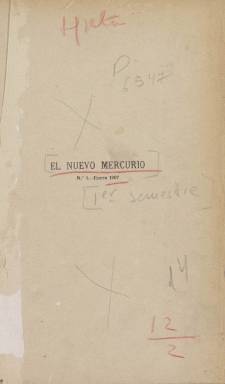
Título: El Nuevo Mercurio
Colección: Literatura
Ámbito geográfico: Barcelona
Lugar de publicación: Barcelona
Fechas: 01/01/1907-31/12/1907

Revista mensual cultural que se proponía hacer de puente entre España y América Latina. En su programa del primer número referente a su ideario hablaba de: “Establecer un lazo fraternal  entre los intelectuales de España y los de la Ámerica española, que hasta ahora han vivido no sólo desconociéndose, sino hasta desdeñándose”. Prueba de este afán de integración es que en este su primer número incluye colaboraciones de dos eminentes figuras literarias de ambos lados del Atlántico: un soneto de Rubén Darío y un artículo de Unamuno.

   El director de la publicación era el escritor, periodista y diplomático guatemalteco Enrique Gómez Carrillo, conocido como el príncipe de los cronistas, quien residía en París pero había llegado a un acuerdo con la editorial Sopena para editar la revista en Barcelona. La editorial estaba interesada en una publicación cultural con el fin de dar publicidad a su amplio catálogo de libros.

   En formato octavo, con tipografía Art Nouveau , moderna y parisina, y buena calidad de papel, el título de la revista evocaba su afrancesamiento pero era un guiño también al movimiento modernista hispanoamericano que contaba como publicación original con El Mercurio de América.

   En 1907, cuando salió la revista, Gómez Carrillo ocupaba un cargo diplomático de representación de Guatemala en Alemania para completar los escasos ingresos de su actividad intelectual. Fue su necesidad económica la que le llevó a aceptar la  oferta de la editorial Sopena de lanzar la revista.

   En una carta enviada a Unamuno, que se conserva en la Casa Museo del rector de la Universidad de Salamanca, Gómez Carrillo le pide una colaboración gratuita para el primer número de la revista con la promesa de pagarle sus artículos más adelante cuando la revista tenga suficiente mercado.  Lo que le pide es “algún artículo suyo antiguo y poco conocido para poder darlo como inédito. Con que V. le ponga cuatro líneas de encabezamiento hablando del Nuevo Mercurio, bastará para que lo tomen como cosa nueva”

   La publicación era voluminosa -contaba con 120 páginas cada mes- y tras artículos y colaboraciones literarias concluía con un interesante repaso a noticias culturales publicadas en revistas y periódicos españoles, latinoamericanos y de otros países, con lo que pretendía ser un reflejo de la producción intelectual y del movimiento de las ideas en el mundo entero.

   Al llegar al número 12, de diciembre de 1907, y coincidiendo con su primer año de vida, El Nuevo Mercurio anunció que dejaba de publicarse “a pesar de su éxito”, explicando que a pesar de la gran atención literaria que había suscitado no había conseguido el número suficiente de suscriptores para seguir siendo editado sin perder dinero.

  Para más información sobre esta publicación puede consultarse en la Biblioteca Virtual Miguel de Cervantes el artículo de Margarita Merbilhaá titulado: El Nuevo Mercurio (1907) en el eje España/Francia/América, publicado en Anales de Literatura Española número 26, 2014.

[Descripción publicada el 3/7/2019]